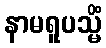
နာမရူပသ္မိံ